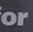
or